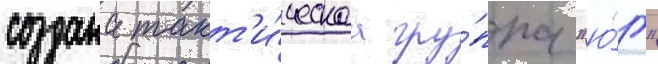
создана такт'и́ческаа гру́ппа "ю́г"